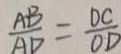
\frac { A B } { A D } = \frac { D C } { O D }